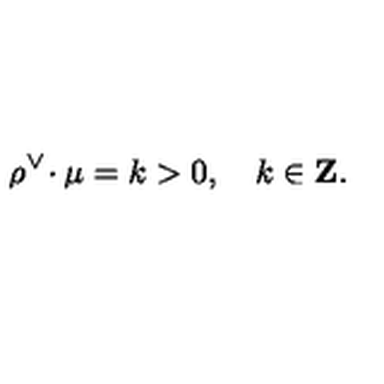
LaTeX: \rho ^ { \vee } \! \cdot \mu = k > 0 , \quad k \in { \bf Z } .